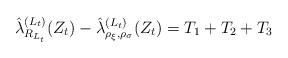
LaTeX: \begin{align*}\hat \lambda_{R_{L_t}}^{(L_t)}(Z_t)-\hat \lambda_{\rho_\xi,\rho_\sigma}^{(L_t)}(Z_t) = T_1 + T_2 +T_3 \end{align*}